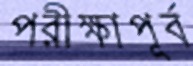
পরীক্ষাপূর্ব